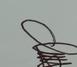
Signature authenticity: genuine